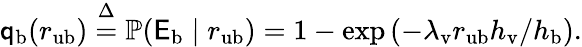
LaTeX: \begin{array}{r}{\mathsf{q}_{\mathrm{b}}(r_{\mathrm{u}\mathrm{b}})\stackrel{\Delta}{=}\mathbb{P}(\mathsf{E}_{\mathrm{b}}\mid r_{\mathrm{u}\mathrm{b}})=1-\exp\left(-\lambda_{\mathrm{v}}r_{\mathrm{u}\mathrm{b}}{h_{\mathrm{v}}}/{h_{\mathrm{b}}}\right).}\end{array}